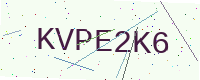
Text: KVPE2K6